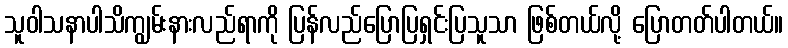
သူဝါသနာပါသိကျွမ်းနားလည်ရာကို ပြန်လည်ပြောပြရှင်းပြသူသာ ဖြစ်တယ်လို့ ပြောတတ်ပါတယ်။